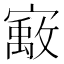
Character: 𰍞